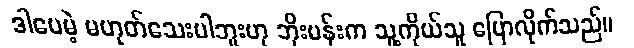
ဒါပေမဲ့ မဟုတ်သေးပါဘူးဟု ဘိုးမန်းက သူ့ကိုယ်သူ ပြောလိုက်သည်။